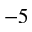
^ { - 5 }